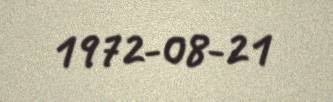
1972-08-21